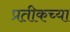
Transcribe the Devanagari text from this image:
प्रतीकच्या